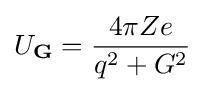
U_{\mathbf {G} }={\frac {4\pi Ze}{q^{2}+G^{2}}}